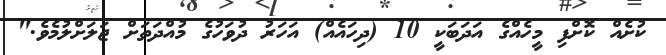
ކުށެއް ކޮށްފި މީހެއްގެ އަދަބަކީ 10 (ދިހައެއް) އަހަރު ދުވަހުގެ މުއްދަތަށް ޖަލަށްލުމެވެ."